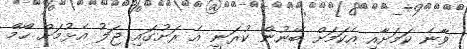
ވާނެ ކަމަށާއި އެކަމަށް ބޭނުން ކުރަނީ އެ ރަށުގައި ޖަލު އެޅުމަށް ހޯމް